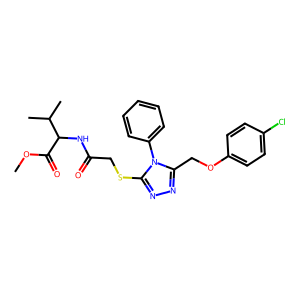
SMILES: COC(=O)C(NC(=O)CSc1nnc(COc2ccc(Cl)cc2)n1-c1ccccc1)C(C)C
Inhibits HIV replication: No